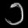
Digit: ၁